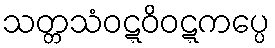
သတ္တသံဝဋ္ဋဝိဝဋ္ဋကပ္ပေ